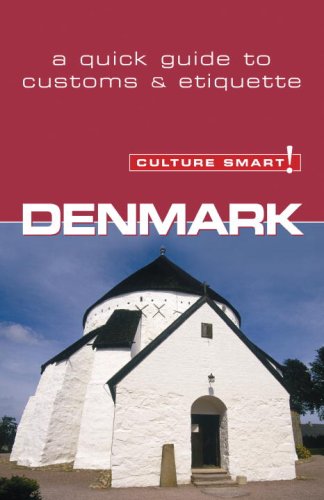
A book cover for Denmark - Culture Smart!: a quick guide to customs & etiquette; Mark Salmon; Travel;